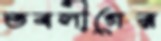
তবলীগের